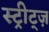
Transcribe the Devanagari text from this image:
स्ट्रीट्ज़